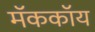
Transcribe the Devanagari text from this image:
मॅककॉय